Annual administration report of the Civil Veterinary Department, Ajmere-Merwara, British Rajputana - 1914-1940
Year: 1914
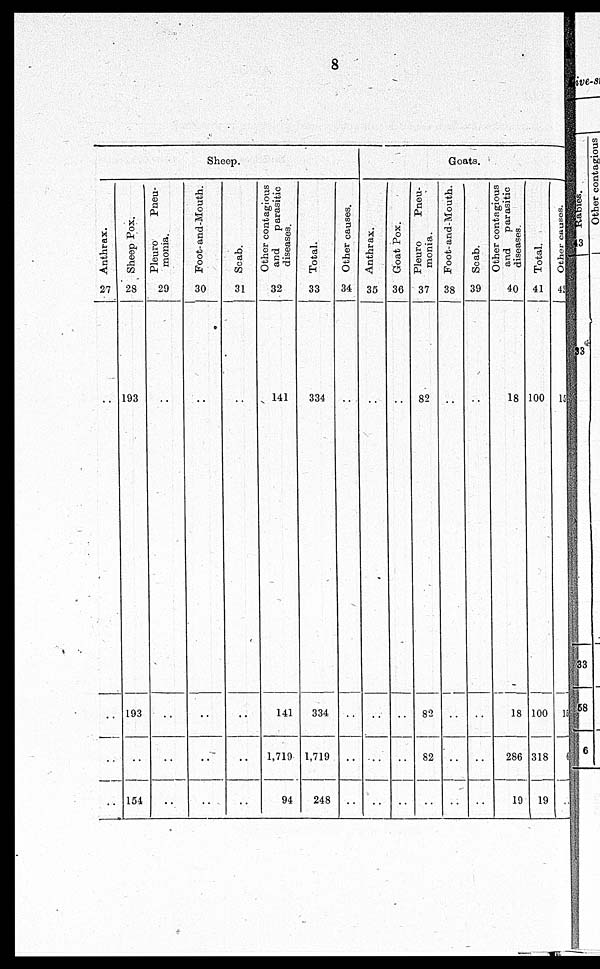
8
Sheep.
Anthrax.
27
..
..
..
..
Sheep Pox.
28
193
193
..
154
Pleuro
Pneu-
monia.
29
..
..
..
..
Foot-and-Mouth.
30
..
..
..
..
Scab.
31
..
..
..
..
Other contagious
and
parasitic
diseases.
32
141
141
1,719
94
Total.
33
334
334
1,719
248
Other causes.
34
..
..
..
..
Goats.
Anthrax.
35
..
..
..
..
Goat Pox.
36
..
..
..
..
Pleuro
Pneu-
monia.
37
82
82
82
..
Foot-and-Mouth.
38
..
..
..
..
Scab.
39
..
..
..
..
Other contagious
and
parasitic
diseases.
40
18
18
286
19
Total.
41
100
100
318
19
Other causes.
42
15
15
6
..